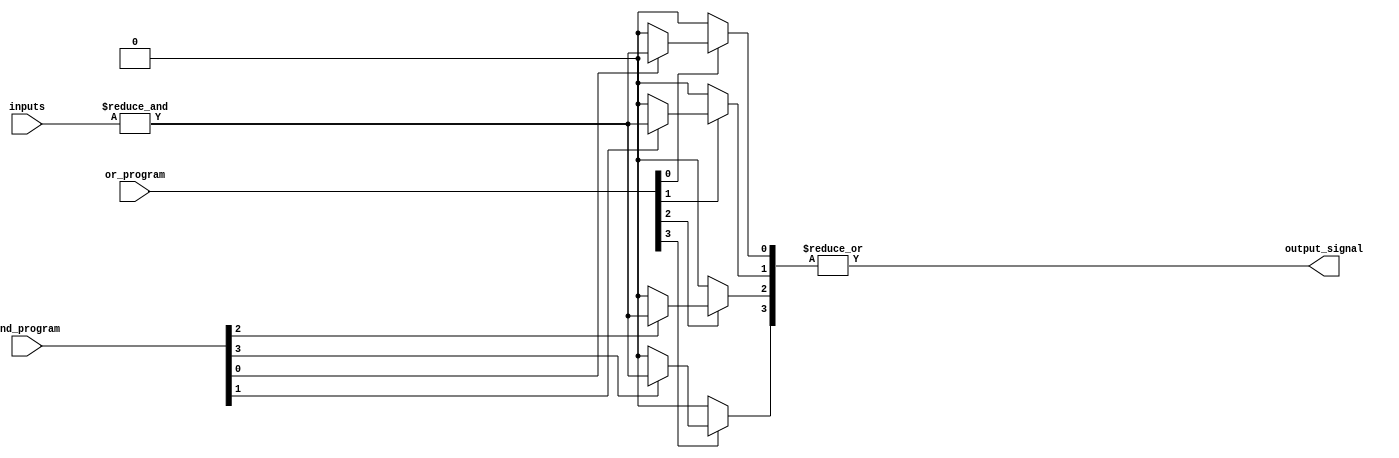
module PLA (
    input  wire [N-1:0] inputs,            // N input signals
    input  wire [M-1:0] and_program,       // M-bit control signal for AND gate programming
    input  wire [P-1:0] or_program,        // P-bit control signal for OR gate programming
    output wire output_signal               // Final output signal
);
    parameter N = 4; // Number of inputs
    parameter M = 4; // Number of AND gates
    parameter P = 4; // Number of OR gates

    wire [M-1:0] and_outputs; // Outputs from AND gates
    wire [P-1:0] or_inputs;    // Inputs to OR gates

    // Programmable AND gates
    genvar i;
    generate
        for (i = 0; i < M; i = i + 1) begin: and_gates
            assign and_outputs[i] = (and_program[i] == 1'b1) ? &{inputs} : 1'b0; // AND with programmable input conditions
        end
    endgenerate

    // Programmable OR gates
    genvar j;
    generate
        for (j = 0; j < P; j = j + 1) begin: or_gates
            assign or_inputs[j] = (or_program[j] == 1'b1) ? and_outputs[j] : 1'b0; // OR with programmable AND outputs
        end
    endgenerate

    // Final output logic
    assign output_signal = |or_inputs; // ORing all the selected product terms

endmodule